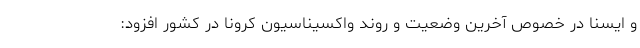
و ایسنا در خصوص آخرین وضعیت و روند واکسیناسیون کرونا در کشور افزود: